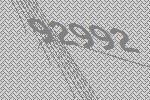
92992